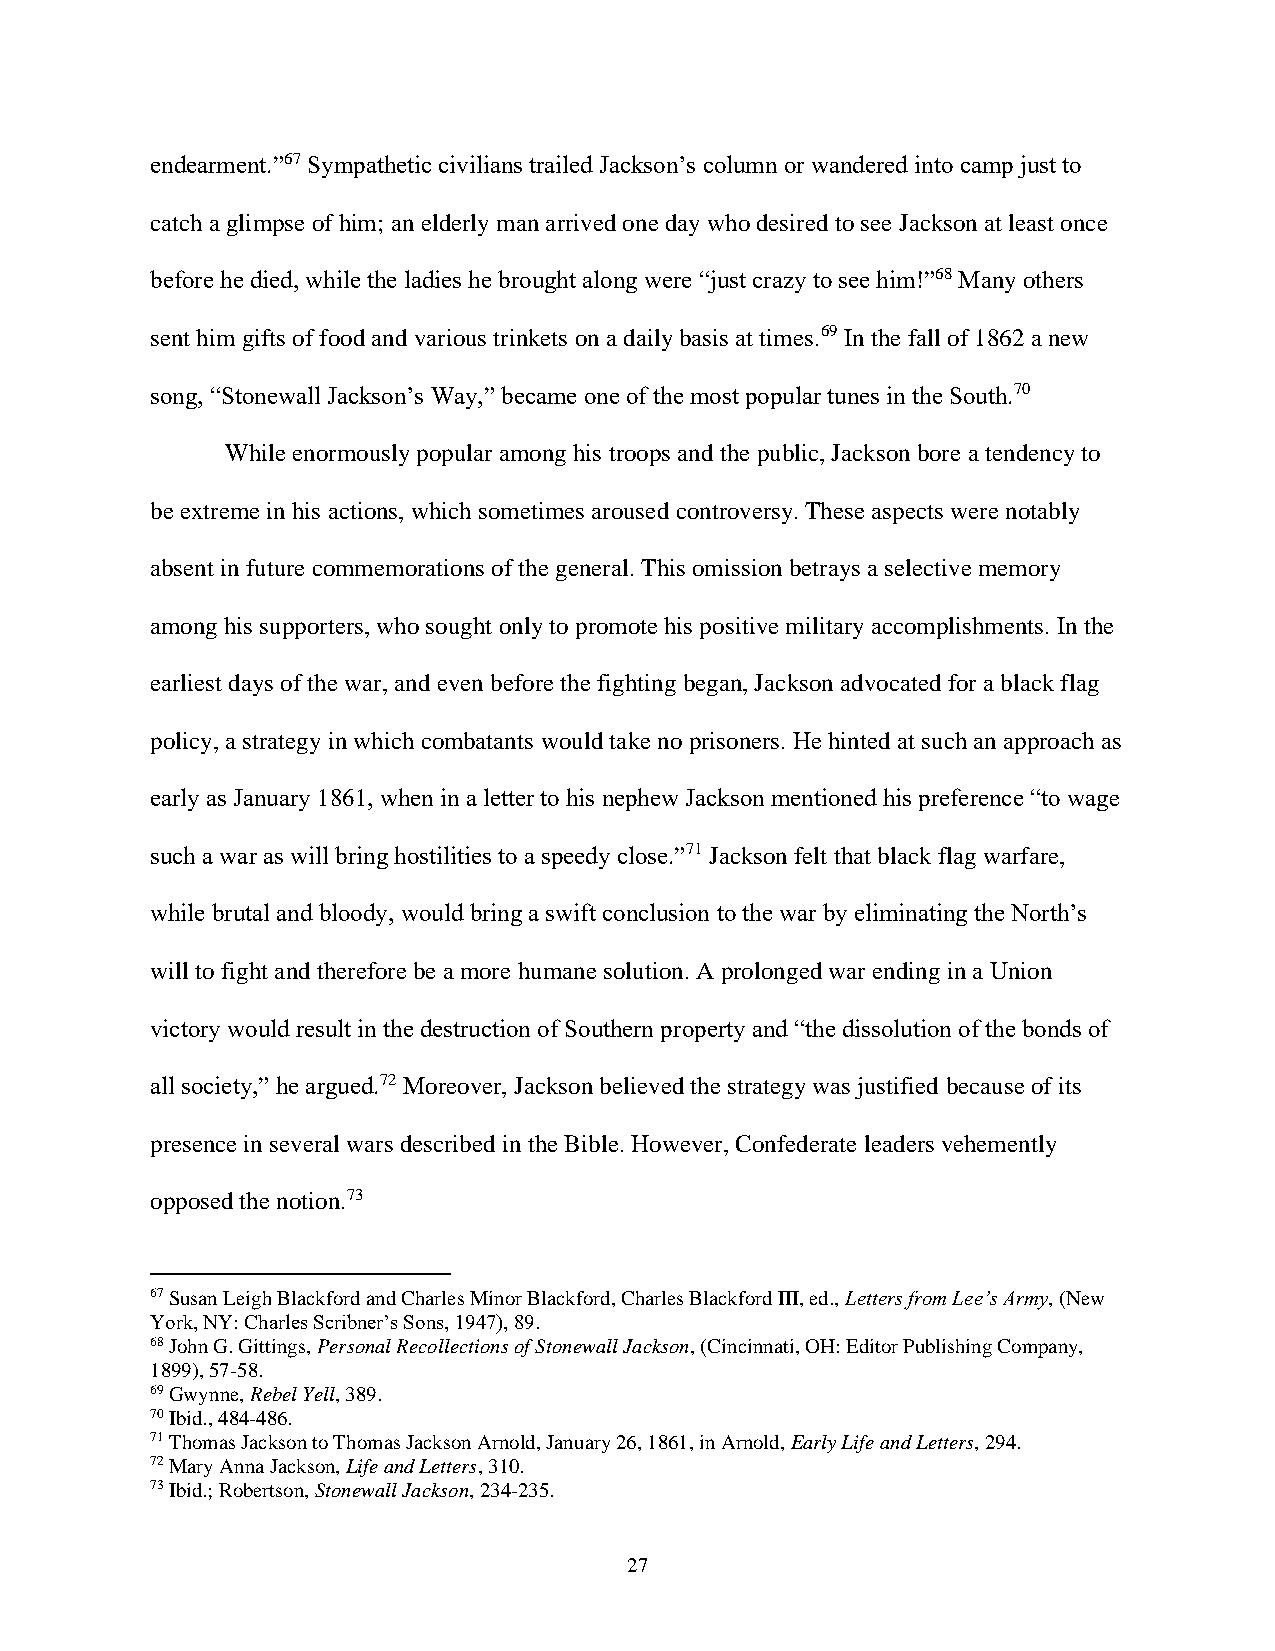
endearment.”67 Sympathetic civilians trailed Jackson’s column or wandered into camp just to
 catch a glimpse of him; an elderly man arrived one day who desired to see Jackson at least once
 before he died, while the ladies he brought along were “just crazy to see him!”68 Many others
 sent him gifts of food and various trinkets on a daily basis at times.69 In the fall of 1862 a new
 song, “Stonewall Jackson’s Way,” became one of the most popular tunes in the South.70
 While enormously popular among his troops and the public, Jackson bore a tendency to
 be extreme in his actions, which sometimes aroused controversy. These aspects were notably
 absent in future commemorations of the general. This omission betrays a selective memory
 among his supporters, who sought only to promote his positive military accomplishments. In the
 earliest days of the war, and even before the fighting began, Jackson advocated for a black flag
 policy, a strategy in which combatants would take no prisoners. He hinted at such an approach as
 early as January 1861, when in a letter to his nephew Jackson mentioned his preference “to wage
 such a war as will bring hostilities to a speedy close.”71 Jackson felt that black flag warfare,
 while brutal and bloody, would bring a swift conclusion to the war by eliminating the North’s
 will to fight and therefore be a more humane solution. A prolonged war ending in a Union
 victory would result in the destruction of Southern property and “the dissolution of the bonds of
 all society,” he argued.72 Moreover, Jackson believed the strategy was justified because of its
 presence in several wars described in the Bible. However, Confederate leaders vehemently
 opposed the notion.73
 67 Susan Leigh Blackford and Charles Minor Blackford, Charles Blackford III, ed., Letters from Lee’s Army, (New
 York, NY: Charles Scribner’s Sons, 1947), 89.
 68 John G. Gittings, Personal Recollections of Stonewall Jackson, (Cincinnati, OH: Editor Publishing Company,
 1899), 57-58.
 69 Gwynne, Rebel Yell, 389.
 70 Ibid., 484-486.
 71 Thomas Jackson to Thomas Jackson Arnold, January 26, 1861, in Arnold, Early Life and Letters, 294.
 72 Mary Anna Jackson, Life and Letters, 310.
 73 Ibid.; Robertson, Stonewall Jackson, 234-235.
 27